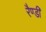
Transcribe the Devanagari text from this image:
रैण्डी